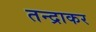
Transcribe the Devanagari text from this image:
तन्द्राकर